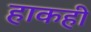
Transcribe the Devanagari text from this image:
हाकही